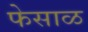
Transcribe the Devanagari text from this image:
फेसाळ